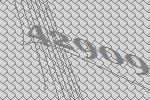
42909